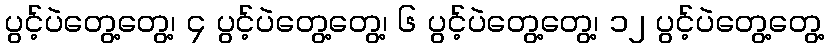
ပွင့်ပဲတွေ့တွေ့၊ ၄ ပွင့်ပဲတွေ့တွေ့၊ ၆ ပွင့်ပဲတွေ့တွေ့၊ ၁၂ ပွင့်ပဲတွေ့တွေ့